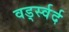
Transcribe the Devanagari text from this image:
वर्ड्स्वर्द